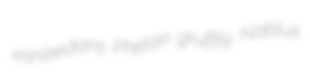
minisedans Phelan gruffily Nablus